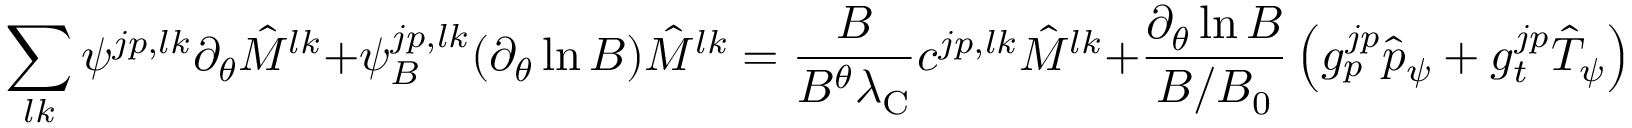
\sum _ { l k } \psi ^ { j p , l k } \partial _ { \theta } \hat { M } ^ { l k } + \psi _ { B } ^ { j p , l k } ( \partial _ { \theta } \ln B ) \hat { M } ^ { l k } = \frac { B } { B ^ { \theta } \lambda _ { \mathrm { C } } } c ^ { j p , l k } \hat { M } ^ { l k } + \frac { \partial _ { \theta } \ln B } { B / B _ { 0 } } \left( g _ { p } ^ { j p } \hat { p } _ { \psi } + g _ { t } ^ { j p } \hat { T } _ { \psi } \right) .